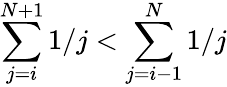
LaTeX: \sum_{j=i}^{N+1}1/j<\sum_{j=i-1}^{N}1/j